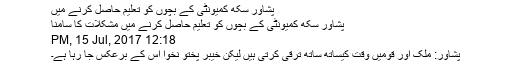
پشاور سکھ کمیونٹی کے بچوں کو تعلیم حاصل کرنے میں
پشاور سکھ کمیونٹی کے بچوں کو تعلیم حاصل کرنے میں مشکلات کا سامنا
12:18 PM, 15 Jul, 2017
پشاور: ملک اور قومیں وقت کیساتھ ساتھ ترقی کرتی ہیں لیکن خیبر پختو نخوا اس کے برعکس جا رہا ہے۔